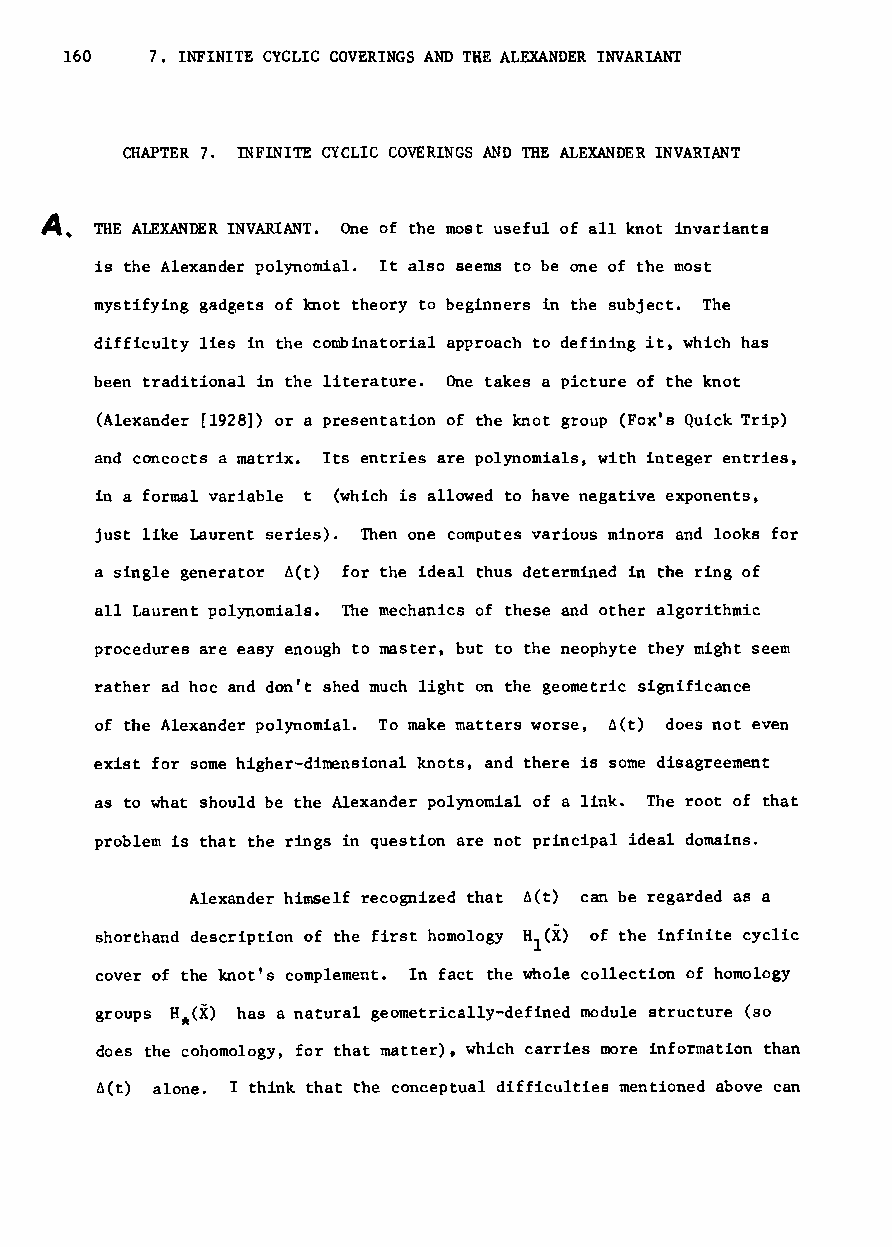
160   7. INFINITE CYCLIC COVERINGS AND THE ALEXANDER INVARIANT
 CHAPTER 7. mFINlTE CYCLIC COVERINGS AND THE ALEXANDER INVARIANT
 A.
 THE ALEXANDER INVARIANT. One of the most useful of all knot invariants
 is the Alexander polynomial. It also seems to be one of the most
 mystifying gadgets of knot theory to beginners in the subject. The
 difficulty lies in the combinatorial approach to defining it, which has
 been traditional in the literature. One takes a picture of the knot
 (Alexander [1928]) or a presentation of the knot group (Fox's Quick Trip)
 and concocts a matrix. Its entries are polynomials, with integer entries,
 in a formal variable t (which is allowed to have negative exponents,
 just like Laurent series). Then one computes various minors and looks for
 a single generator ~(t) for the ideal thus determined in the ring of
 all Laurent polynomials. The mechanics of these and other algorithmic
 procedures are easy enough to master, but to the neophyte they might seem
 rather ad hoc and don't shed much light on the geometric significance
 of the Alexander polynomial. To make matters worse, 6(t) does not even
 exist for some higher-dimensional knots, and there is some disagreement
 as to what should be the Alexander polynomial of a link. The root of that
 problem is that the rings in question are not principal ideal domains.
 Alexander himself recognized that 6(t) can be regarded as a
 shorthand description of the first homology H (X) of the infinite cyclic
 1
 cover of the knot's complement. In fact the whole collection of homology
 groups H*(X) has a natural geometrically-defined module structure (so
 does the cohomology, for that matter). which carries more information than
 6(t) alone. I think that the conceptual difficulties mentioned above can